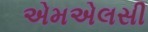
એમએલસી